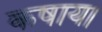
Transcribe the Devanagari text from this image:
कषाय।